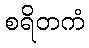
စရိတကံ